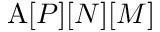
\mathrm { A } [ P ] [ N ] [ M ]